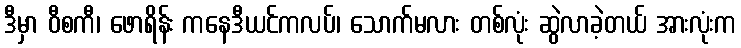
ဒီမှာ ဝီစကီ၊ ဖောရိန်း ကနေဒီယင်ကလပ်၊ သောက်မလား တစ်လုံး ဆွဲလာခဲ့တယ် အားလုံးက